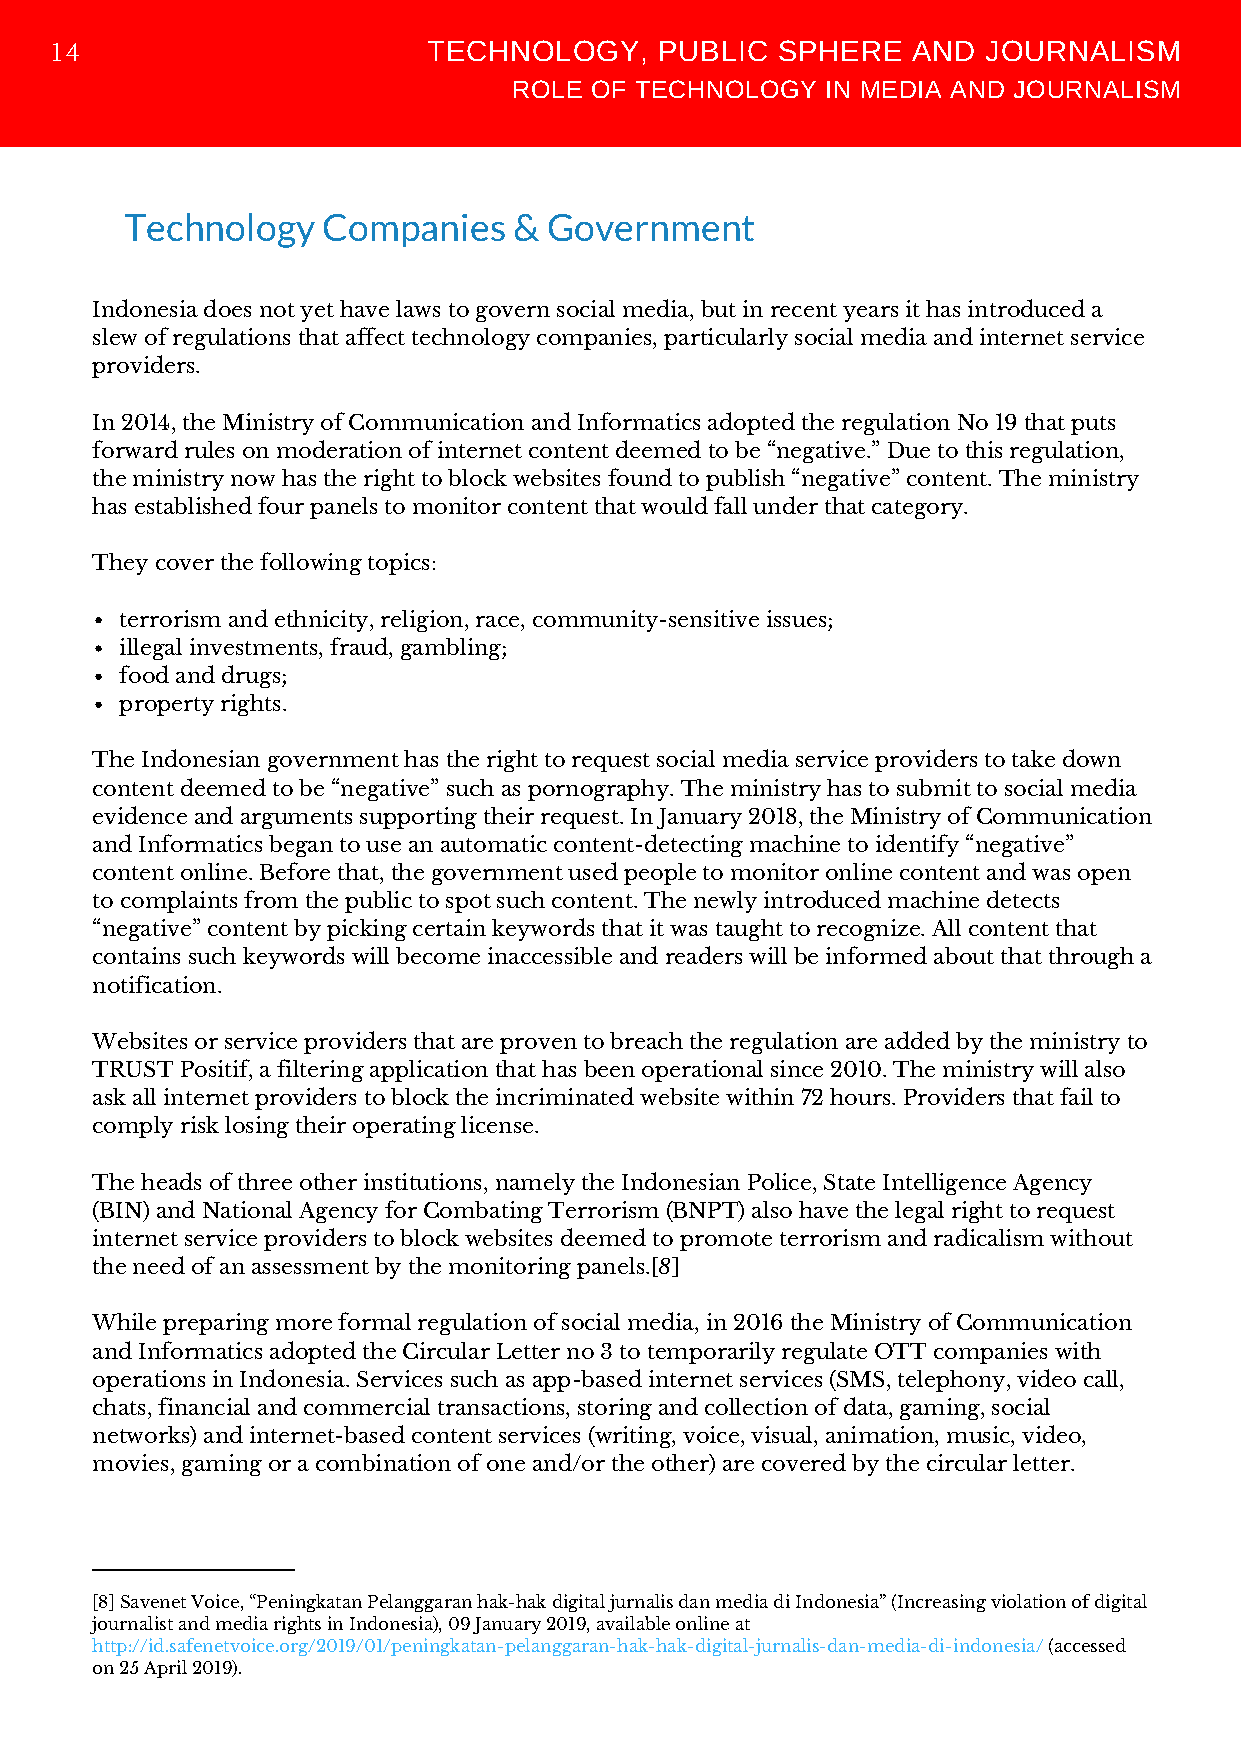
TECHNOLOGY,     PUBLIC SPHERE   AND  JOURNALISM
 14
 ROLE OF TECHNOLOGY   IN MEDIA AND JOURNALISM
 Technology   Companies    & Government
 Indonesia does not yet have laws to govern social media, but in recent years it has introduced a
 slew of regulations that affect technology companies, particularly social media and internet service
 providers.
 In 2014, the Ministry of Communication and Informatics adopted the regulation No 19 that puts
 forward rules on moderation of internet content deemed to be “negative.” Due to this regulation,
 the ministry now has the right to block websites found to publish “negative” content. The ministry
 has established four panels to monitor content that would fall under that category.
 They cover the following topics:
 terrorism and ethnicity, religion, race, community-sensitive issues;
 illegal investments, fraud, gambling;
 food and drugs;
 property rights.
 The Indonesian government has the right to request social media service providers to take down
 content deemed to be “negative” such as pornography. The ministry has to submit to social media
 evidence and arguments supporting their request. In January 2018, the Ministry of Communication
 and Informatics began to use an automatic content-detecting machine to identify “negative”
 content online. Before that, the government used people to monitor online content and was open
 to complaints from the public to spot such content. The newly introduced machine detects
 “negative” content by picking certain keywords that it was taught to recognize. All content that
 contains such keywords will become inaccessible and readers will be informed about that through a
 notification.
 Websites or service providers that are proven to breach the regulation are added by the ministry to
 TRUST Positif, a filtering application that has been operational since 2010. The ministry will also
 ask all internet providers to block the incriminated website within 72 hours. Providers that fail to
 comply risk losing their operating license.
 The heads of three other institutions, namely the Indonesian Police, State Intelligence Agency
 (BIN) and National Agency for Combating Terrorism (BNPT) also have the legal right to request
 internet service providers to block websites deemed to promote terrorism and radicalism without
 the need of an assessment by the monitoring panels.[8]
 While preparing more formal regulation of social media, in 2016 the Ministry of Communication
 and Informatics adopted the Circular Letter no 3 to temporarily regulate OTT companies with
 operations in Indonesia. Services such as app-based internet services (SMS, telephony, video call,
 chats, financial and commercial transactions, storing and collection of data, gaming, social
 networks) and internet-based content services (writing, voice, visual, animation, music, video,
 movies, gaming or a combination of one and/or the other) are covered by the circular letter.
 [8] Savenet Voice, “Peningkatan Pelanggaran hak-hak digital jurnalis dan media di Indonesia” (Increasing violation of digital
 journalist and media rights in Indonesia), 09 January 2019, available online at
 http://id.safenetvoice.org/2019/01/peningkatan-pelanggaran-hak-hak-digital-jurnalis-dan-media-di-indonesia/ (accessed
 on 25 April 2019).